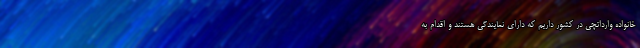
خانواده وارداتچی در کشور داریم که دارای نمایندگی هستند و اقدام به